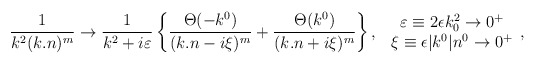
\begin{align*}\frac{1}{k^2(k.n)^m} \rightarrow \frac{1}{k^2+i\varepsilon}\left\{\frac {\Theta(-k^0)}{(k.n-i\xi)^m}+\frac{\Theta(k^0)}{(k.n+i\xi)^m}\right\},\,\,\begin{array}{c}\varepsilon \equiv2\epsilon k_0^2 \rightarrow 0^{+} \\\xi \equiv \epsilon|k^0|n^0 \rightarrow 0^{+} \end{array},\end{align*}